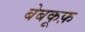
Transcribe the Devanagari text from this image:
बेबकूफ़